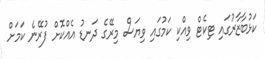
ކަޅުބާޒާރުގައި ޓިކެޓް ވިއްކި ކަމުގައި ވިޔަސް މިރޭގެ ދަނޑު އެއްކޮށް ފުރޭނެ ކަމަށް